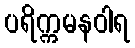
ပရိက္ကမနဝါရ